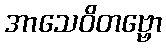
အာသေဝိတဗ္ဗော